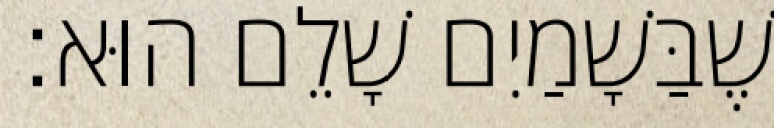
שֶׁבַּשָׁמַיִם שָׁלֵם הוּא׃